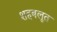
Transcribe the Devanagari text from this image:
शहबलूत